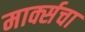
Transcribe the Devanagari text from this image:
मार्क्सचा